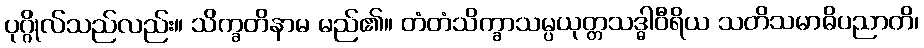
ပုဂ္ဂိုလ်သည်လည်း။ သိက္ခတိနာမ မည်၏။ တံတံသိက္ခာသမ္ပယုတ္တသဒ္ဓါဝီရိယ သတိသမာဓိပညာတိ၊